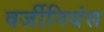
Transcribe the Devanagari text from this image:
वर्जीनियंस